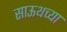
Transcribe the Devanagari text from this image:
साऊथच्या